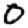
Digit: 0